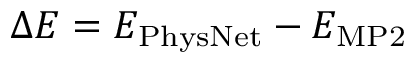
\Delta E = E _ { \mathrm { P h y s N e t } } - E _ { \mathrm { M P 2 } }